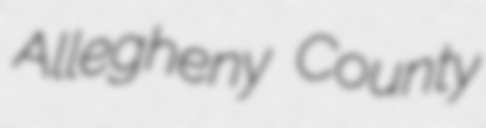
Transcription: Allegheny County